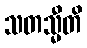
သတသ္မီတိ